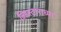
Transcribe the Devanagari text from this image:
व्हिस्टाराच्या